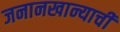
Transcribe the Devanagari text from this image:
जनानखान्याची